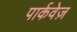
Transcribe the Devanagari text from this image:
पार्कवेज़